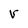
Character: v